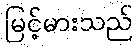
မြင့်မားသည်